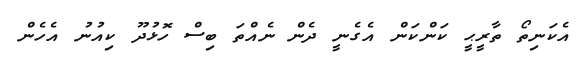
އެކަނިތޯ ތާރީޙީ ކަންކަން އެގެނީ ދެން ނެއްތަ ބިސް ހޮޅުދޫ ކިއުނު އެހެން